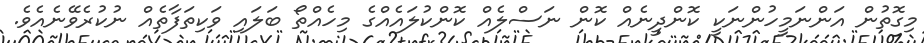
މިގޮތުން އަންނަމީހުންނަކީ ކޮންދީނެއް ކޮން ނަސްލެއް ކޮންކުލައެއްގެ މިހެއްތޯ ބަލައި ވަކިތަފާތެއް ނުކުރެވޭނެއެވެ.